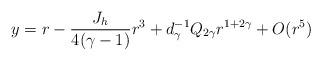
LaTeX: \begin{align*}y = r - \frac{J_h}{4(\gamma-1)}r^3 + d_\gamma^{-1}Q_{2\gamma}r^{1+2\gamma} + O(r^5)\end{align*}